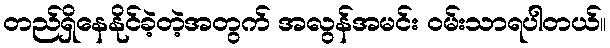
တည်ရှိနေနိုင်ခဲ့တဲ့အတွက် အလွန်အမင်း ဝမ်းသာရပါတယ်။